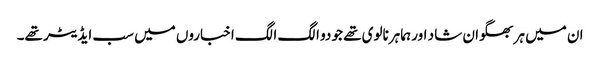
ان میں ہر بھگوان شا د اور ہما ہرنالوی تھے جو دو الگ الگ اخباروں میں سب ایڈیٹر تھے۔